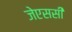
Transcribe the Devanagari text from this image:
जेएससी